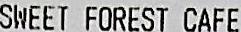
SWEET FOREST CAFE